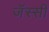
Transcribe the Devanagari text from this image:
जॅस्सी